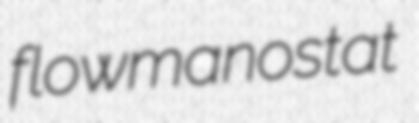
flowmanostat